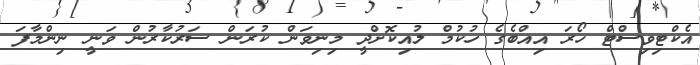
އެކްޓިވިސްޓް ހޯރަ އިއްބެގެ ހުކުމް ލުއިކޮށްދީ މިނިވަން ކުރަން ސަރުކާރުން ވަނީ ނިންމާފަ